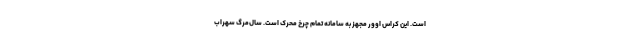
است. این کراس اوور مجهز به سامانه تمام چرخ محرک است. سال‌مرگِ سهراب